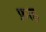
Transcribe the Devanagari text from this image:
फ़ाइ